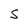
Character: S